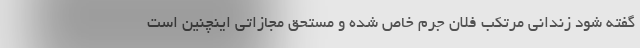
گفته شود زندانی مرتکب فلان جرم خاص شده و مستحق مجازاتی اینچنین است